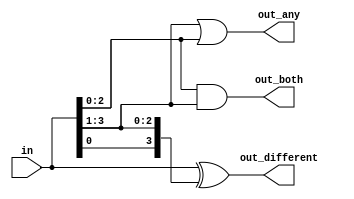
module top_module( 
    input [3:0] in,
    output [2:0] out_both,
    output [3:1] out_any,
    output [3:0] out_different );
	
    assign out_both      = in[2:0] & in[3:1];//here bits of input vector is shifted right 
    									//and bitwise and is performed to obtain the required output
    assign out_any       = in[3:1] | in[2:0];
    assign out_different = in ^ {in[0],in[3:1]};
    
endmodule